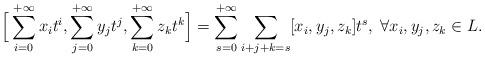
LaTeX: \begin{align*}\Big[\sum_{i=0}^{+\infty}x_it^{i},\sum_{j=0}^{+\infty}y_jt^{j},\sum_{k=0}^{+\infty}z_kt^{k}\Big]=\sum_{s=0}^{+\infty}\sum_{i+j+k=s}[x_i,y_j,z_k]t^{s},\;\forall x_i,y_j,z_k\in L.\end{align*}